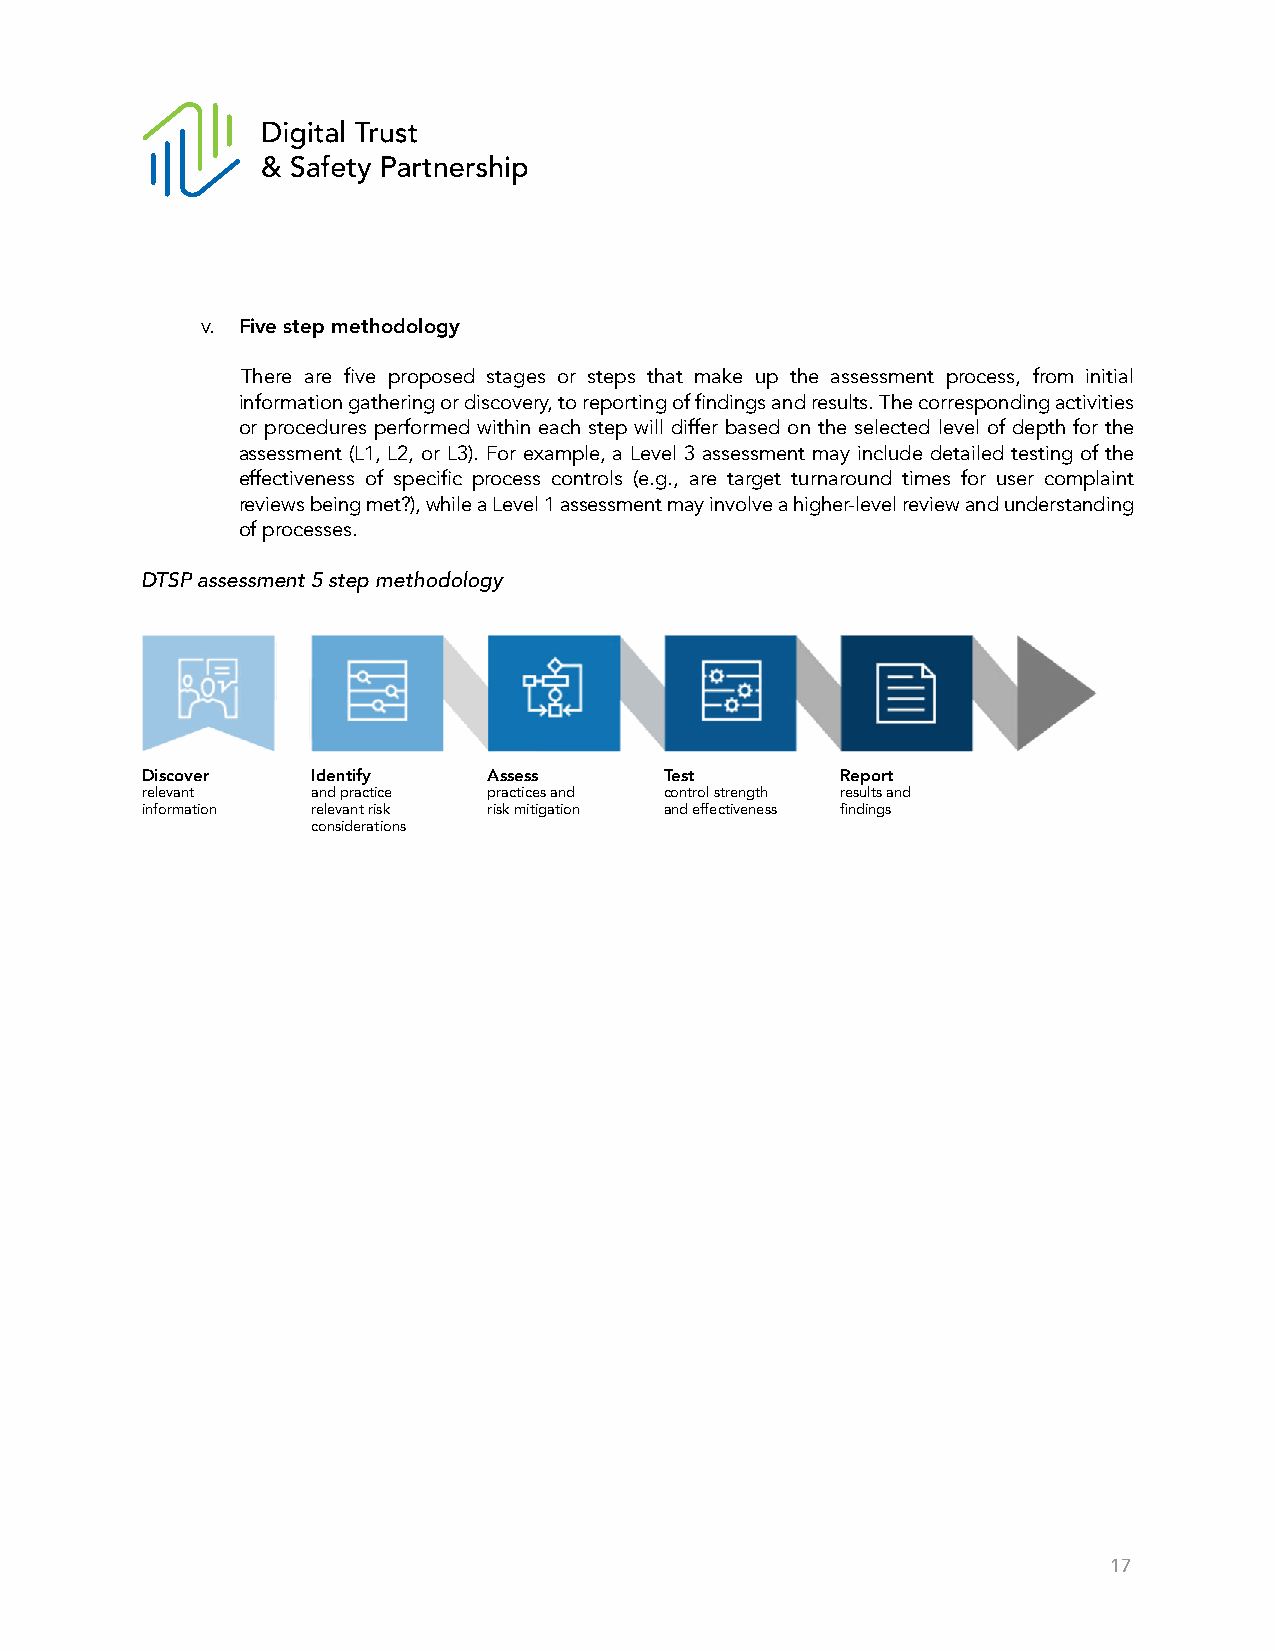
v. Five step methodology
 There are five proposed stages or steps that make up the assessment process, from initial
 information gathering or discovery, to reporting of findings and results. The corresponding activities
 or procedures performed within each step will differ based on the selected level of depth for the
 assessment (L1, L2, or L3). For example, a Level 3 assessment may include detailed testing of the
 effectiveness of specific process controls (e.g., are target turnaround times for user complaint
 reviews being met?), while a Level 1 assessment may involve a higher-level review and understanding
 of processes.
 DTSP assessment 5 step methodology
 Discover    Identify   Assess      Test        Report
 relevant    and practice practices and control strength results and
 information relevant risk risk mitigation and effectiveness findings
 considerations
 17